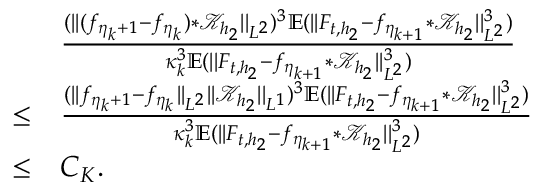
\begin{array} { r l } & { \frac { ( \vert \vert ( f _ { \eta _ { k } + 1 } - f _ { \eta _ { k } } ) \ast \mathcal { K } _ { h _ { 2 } } \vert \vert _ { L ^ { 2 } } ) ^ { 3 } \mathbb { E } ( \vert \vert F _ { t , { h _ { 2 } } } - f _ { \eta _ { k + 1 } } \ast \mathcal { K } _ { h _ { 2 } } \vert \vert _ { L ^ { 2 } } ^ { 3 } ) } { \kappa _ { k } ^ { 3 } \mathbb { E } ( \vert \vert F _ { t , { h _ { 2 } } } - f _ { \eta _ { k + 1 } } \ast \mathcal { K } _ { h _ { 2 } } \vert \vert _ { L ^ { 2 } } ^ { 3 } ) } } \\ { \le } & { \frac { ( \vert \vert f _ { \eta _ { k } + 1 } - f _ { \eta _ { k } } \vert \vert _ { L ^ { 2 } } \vert \vert \mathcal { K } _ { h _ { 2 } } \vert \vert _ { L ^ { 1 } } ) ^ { 3 } \mathbb { E } ( \vert \vert F _ { t , { h _ { 2 } } } - f _ { \eta _ { k + 1 } } \ast \mathcal { K } _ { h _ { 2 } } \vert \vert _ { L ^ { 2 } } ^ { 3 } ) } { \kappa _ { k } ^ { 3 } \mathbb { E } ( \vert \vert F _ { t , { h _ { 2 } } } - f _ { \eta _ { k + 1 } } \ast \mathcal { K } _ { h _ { 2 } } \vert \vert _ { L ^ { 2 } } ^ { 3 } ) } } \\ { \le } & { C _ { K } . } \end{array}